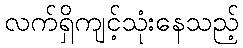
လက်ရှိကျင့်သုံးနေသည့်